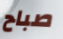
صباح